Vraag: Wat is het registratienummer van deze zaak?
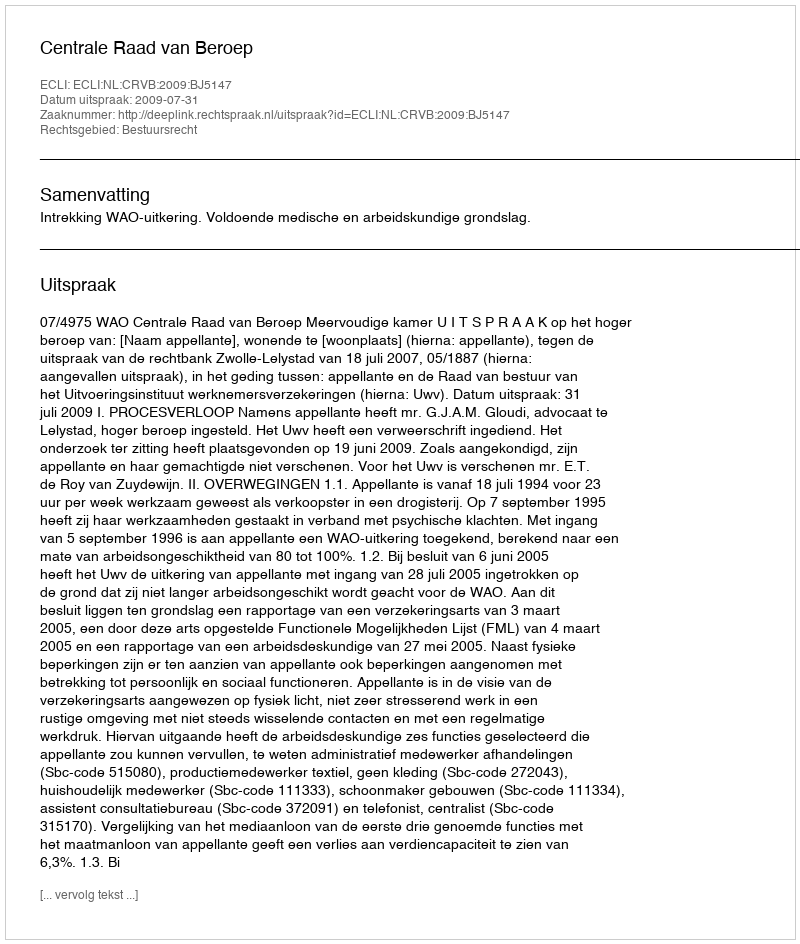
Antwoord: http://deeplink.rechtspraak.nl/uitspraak?id=ECLI:NL:CRVB:2009:BJ5147